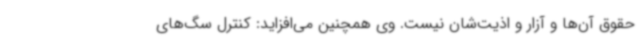
حقوق آن‌ها و آزار و اذیت‌شان نیست. وی همچنین می‌افزاید: کنترل سگ‌های